Scottish Leaving Certificate Examination, 1951
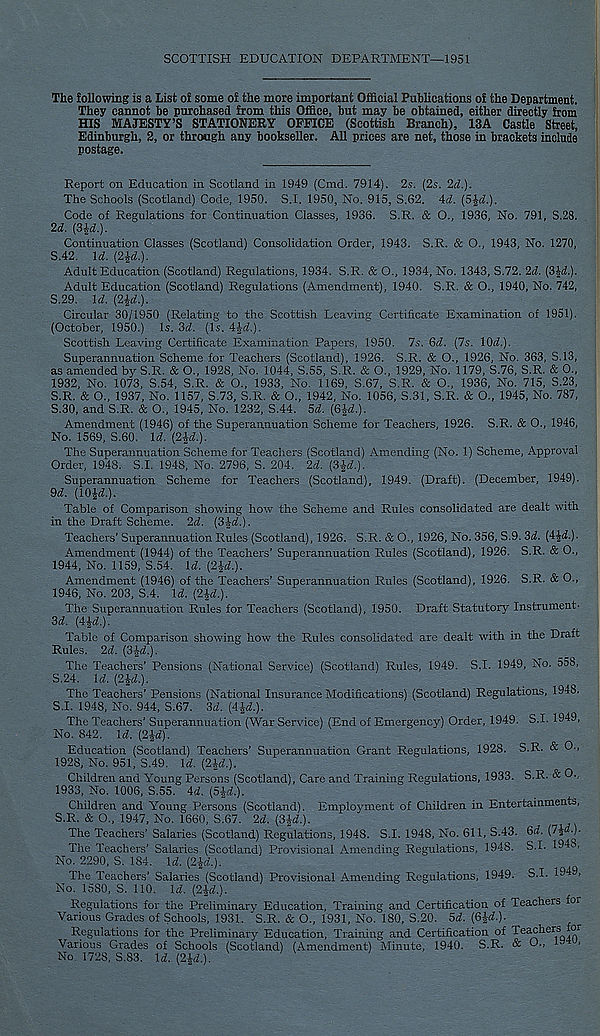
SCOTTISH EDUCATION DEPARTMENT—1951
The following is a List of some of the more important Official Puhlieations of the Department.
They cannot be purchased from this Office, hut may he obtained, either directly from
HIS MAJESTY’S STATIONERY OFFICE (Scottish Branch), 13A Castle Street,
Edinburgh, 2, or through any bookseller. All prices are net, those in brackets include
postage.
Report on Education in Scotland in 1949 (Cmd. 7914). 2s. (2s. 2d.).
The Schools (Scotland) Code, 1950. S.I. 1950, No. 915, S.62. id. [S\d.).
Code of Regulations for Continuation Classes, 1936. S.R. & O., 1936, No. 791, S.28.
2d. (3^.).
Continuation Classes (Scotland) Consolidation Order, 1943. S.R. & O., 1943, No. 1270,
S.42. U. (2|<i).
Adult Education (Scotland) Regulations, 1934. S.R. & O., 1934, No. 1343, S.72. 2d. (3ld.).
Adult Education (Scotland) Regulations (Amendment), 1940. S.R. & O., 1940, No. 742,
5.29. \d. (2id.).
Circular 30/1950 (Relating to the Scottish Leaving Certificate Examination of 1951).
(October, 1950.) Is. 3d. (is. 4|-d.).
Scottish Leaving Certificate Examination Papers, 1950. 7s. 6d. (7s. 1 Od.).
Superannuation Scheme for Teachers (Scotland), 1926. S.R. & O., 1926, No. 363, S.13,
as amended by S.R. & O., 1928, No. 1044, S.55, S.R. & O., 1929, No. 1179, S.76, S.R. & 0.,
1932, No. 1073, S.54, S.R. & O., 1933, No. 1169, S.67, S.R. & O., 1936, No. 715, S.23,
S.R. & O., 1937, No. 1157, S.73, S.R. & O., 1942, No. 1056, S.31, S.R. & O., 1945, No. 787,
5.30, and S.R. & O., 1945, No. 1232, S.44. 5d. (6id.).
Amendment (1946) of the Superannuation Scheme for Teachers, 1926. S.R. & O., 1946,
No. 1569, S.60. Id. (2U.).
The Superannuation Scheme for Teachers (Scotland) Amending (No. 1) Scheme, Approval
Order, 1948. S.I. 1948, No. 2796, S. 204. 2d. (3£d.).
Superannuation Scheme for Teachers (Scotland), 1949. (Draft). (December, 1949).
9d. (10id.).
Table of Comparison showing how the Scheme and Rules consolidated are dealt with
in the Draft Scheme. 2d. (3-Jd.).
Teachers’ Superannuation Rules (Scotland), 1926. S.R. & O., 1926, No. 356, S.9. 3d. (4id.).
Amendment (1944) of the Teachers’ Superannuation Rules (Scotland), 1926. S.R. & O.,
1944, No. 1159, S.54. Id. (2U.).
Amendment (1946) of the Teachers’ Superannuation Rules (Scotland), 1926. S.R. & O.,
1946, No. 203, S.4. U. (2^.).
The Superannuation Rules for Teachers (Scotland), 1950. Draft Statutory Instrument-
Si/. (4i<f.).
Table of Comparison showing how the Rules consolidated are dealt with in the Draft
Rules. 2d. (3$d.).
The Teachers’ Pensions (National Service) (Scotland) Rules, 1949. S.I. 1949, No. 558,
S.24. Id. [2\d.).
The Teachers’ Pensions (National Insurance Modifications) (Scotland) Regulations, 1948.
S.I. 1948, No. 944, S.67. 3d. (4^d.).
The Teachers’ Superannuation (War Service) (End of Emergency) Order, 1949. S.I. 1949,
No. 842. Id. (2\d).
Education (Scotland) Teachers’ Superannuation Grant Regulations, 1928. S.R. & 0-.
1928, No. 951, S.49. \d. (2%d.).
Children and Young Persons (Scotland), Care and Training Regulations, 1933. S.R. & O.,
1933, No. 1006, S.55. id. (5J<Z.).
Children and Young Persons (Scotland). Employment of Children in Entertainments,
S.R. & O., 1947, No. 1660, S.67. 2d. (3J<f.).
The Teachers’ Salaries (Scotland) Regulations, 1948. S.I. 1948, No. 611, S.43. 6i. (7i^-)-
The Teachers’ Salaries (Scotland) Provisional Amending Regulations, 1948. S.I. 1948,
No. 2290, S. 184. U. (2|d.).
The Teachers’ Salaries (Scotland) Provisional Amending Regulations, 1949. S.I. 1949,
No. 1580, S. 110. \d. (2id.).
Regulations for the Preliminary Education, Training and Certification of Teachers for
Various Grades of Schools, 1931. S.R. & O., 1931, No. 180, S.20. 5d. (6U.).
Regulations for the Preliminary Education, Training and Certification of ^' e^?^er , S Q i n r
Various Grades of Schools (Scotland) (Amendment) Minute, 1940. S.R. & O.,
No. 1728, S.83. Id. (2|d.).